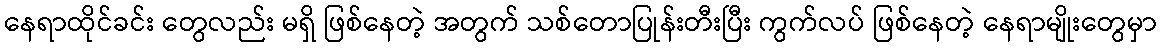
နေရာထိုင်ခင်း တွေလည်း မရှိ ဖြစ်နေတဲ့ အတွက် သစ်တောပြုန်းတီးပြီး ကွက်လပ် ဖြစ်နေတဲ့ နေရာမျိုးတွေမှာ